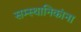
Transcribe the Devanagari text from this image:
सम्स्थानिकांना